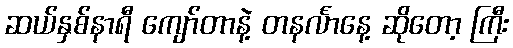
ဆယ်နှစ်နာရီ ကျော်တာနဲ့ တနင်္လာနေ့ ဆိုတော့ ကြီး